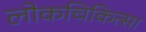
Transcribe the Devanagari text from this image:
लोकचिकित्सा